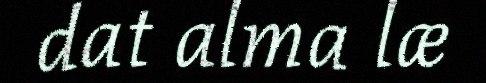
dat alma læ